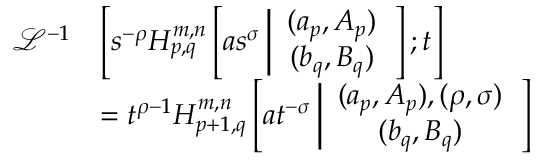
\begin{array} { r l } { \mathcal { L } ^ { - 1 } } & { \left[ s ^ { - \rho } H _ { p , q } ^ { m , n } \left[ a s ^ { \sigma } \left| \begin{array} { c } { ( a _ { p } , A _ { p } ) } \\ { ( b _ { q } , B _ { q } ) } \end{array} \right. \right] ; t \right] } \\ & { = t ^ { \rho - 1 } H _ { p + 1 , q } ^ { m , n } \left[ a t ^ { - \sigma } \left| \begin{array} { c } { ( a _ { p } , A _ { p } ) , ( \rho , \sigma ) } \\ { ( b _ { q } , B _ { q } ) } \end{array} \right. \right] } \end{array}